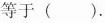
等于().